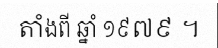
តាំងពី ឆ្នាំ ១៩៧៩ ។